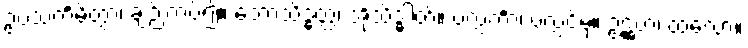
ဥပသင်္ကမိတွာ၊ ချဉ်းကပ်၍။ ဘောသိဒ္ဓတ္ထ၊ အိုသိဒ္ဓါတ်။ ပလ္လင်္ကာ၊ ပလ္လင်မှ။ ဥဋ္ဌဟ၊ ထလော့။